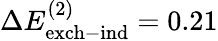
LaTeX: \Delta E_{\mathrm{exch-ind}}^{(2)}=0.21